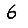
Digit: 6